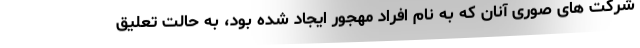
شرکت های صوری آنان که به نام افراد مهجور ایجاد شده بود، به حالت تعلیق